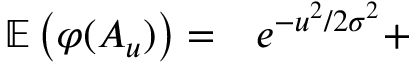
\begin{array} { r l } { \mathbb { E } \left( \varphi ( A _ { u } ) \right) = } & { { } e ^ { - { u ^ { 2 } / 2 \sigma ^ { 2 } } } + } \end{array}